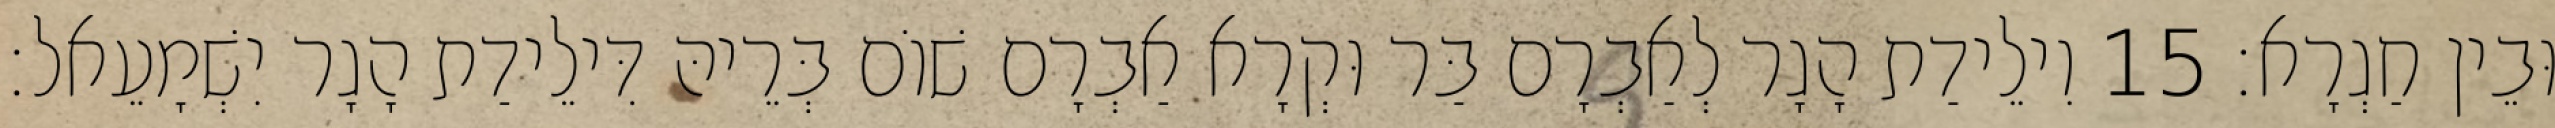
וּבֵין חַגְרָא׃ 15 וִילֵידַת הָגָר לְאַבְרָם בַּר וּקְרָא אַבְרָם שׁוֹם בְּרֵיהּ דִּילֵידַת הָגָר יִשְׁמָעֵאל׃